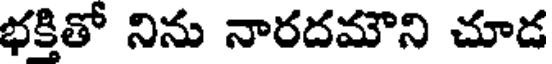
భకితో నిను నారదమౌని చూడ